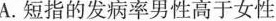
A.短指的发病率男性高于女性